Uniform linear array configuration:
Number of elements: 16
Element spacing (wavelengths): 1
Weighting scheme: hann
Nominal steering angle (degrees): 0
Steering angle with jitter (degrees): -0.8713
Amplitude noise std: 0.05
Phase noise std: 0.05

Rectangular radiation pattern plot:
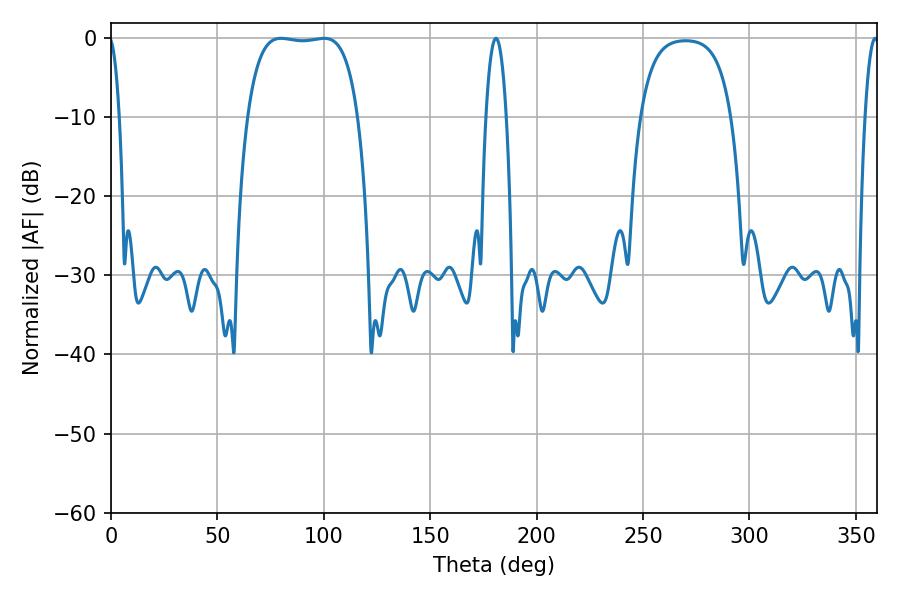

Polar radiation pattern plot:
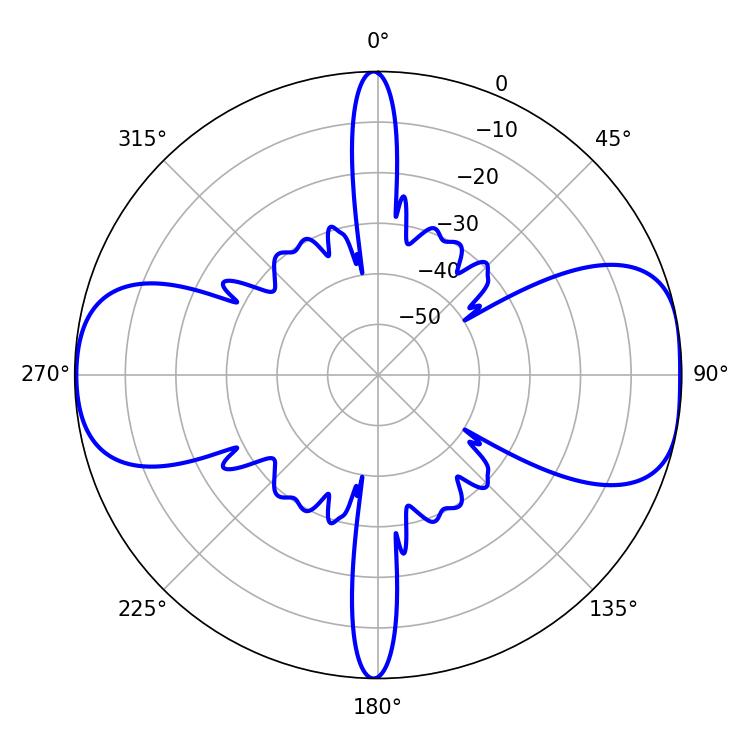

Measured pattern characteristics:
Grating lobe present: TRUE
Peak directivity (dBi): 9.811
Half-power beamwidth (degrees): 41.04
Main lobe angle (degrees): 79.92